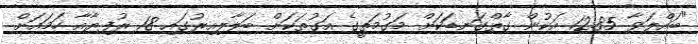
"ބައްލަވާ 12.85 އަކުން ގާތްގަނޑަކަށް މަގުމަތީގެ އަގުތަކަށް ބަލާލިއިރުގައި 18 ރުފިޔާއާ ހަމައަށް